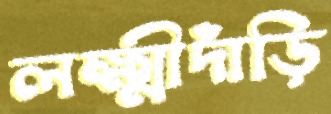
লক্ষ্মীদাঁড়ি